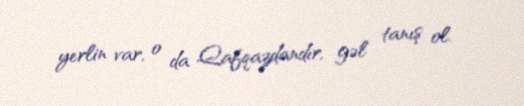
yerlin var, o da Qafqazdandır, gəl tanış ol.